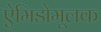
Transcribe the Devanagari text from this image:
ऐमिडोमूलक